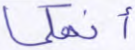
أنهكما